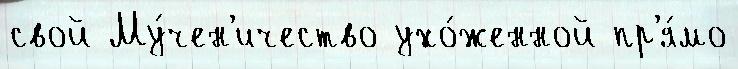
свой Му́чен'ичество ухо́женной пр'я́мо